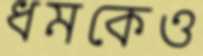
ধমকেও